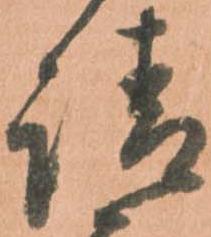
請